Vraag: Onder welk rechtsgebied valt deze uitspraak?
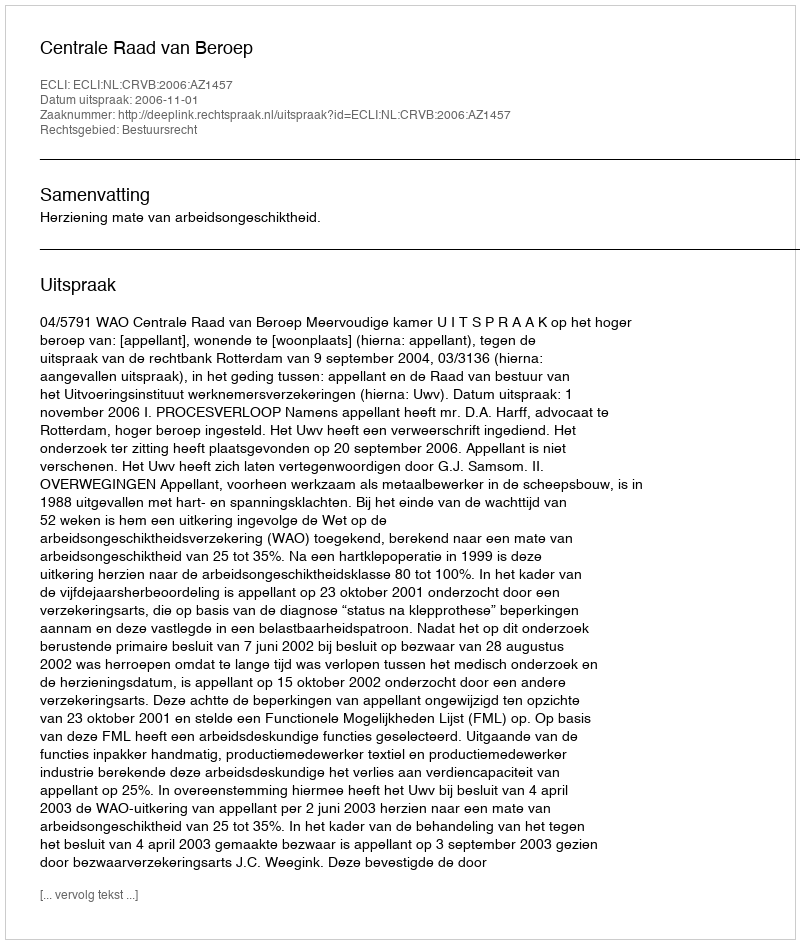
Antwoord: Bestuursrecht